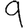
Digit: 9